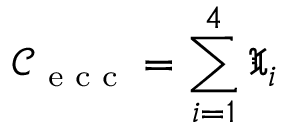
\mathcal { C } _ { \textnormal { \scriptsize e c c } } = \sum _ { i = 1 } ^ { 4 } \mathfrak { X } _ { i }